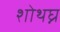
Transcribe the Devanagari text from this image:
शोथघ्न